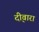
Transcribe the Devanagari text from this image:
दी्वारा